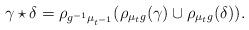
LaTeX: \begin{align*}\gamma\star\delta=\rho_{g^{-1}\mu_{t^{-1}}}(\rho_{\mu_tg}(\gamma)\cup \rho_{\mu_tg}(\delta)).\end{align*}